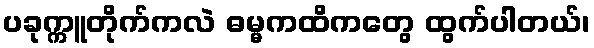
ပခုက္ကူတိုက်ကလဲ ဓမ္မကထိကတွေ ထွက်ပါတယ်၊